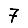
Digit: 7